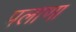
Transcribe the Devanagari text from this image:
पलाणा